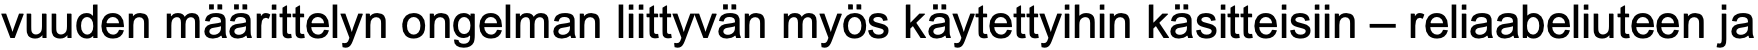
vuuden määrittelyn ongelman liittyvän myös käytettyihin käsitteisiin – reliaabeliuteen ja